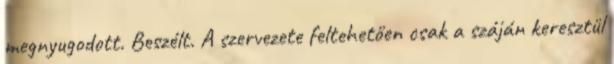
megnyugodott. Beszélt. A szervezete feltehetően csak a száján keresztül